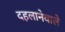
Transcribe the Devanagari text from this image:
दहलानेवाले